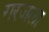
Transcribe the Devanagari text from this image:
गरजला